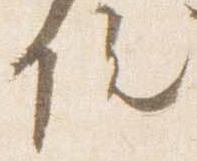
院